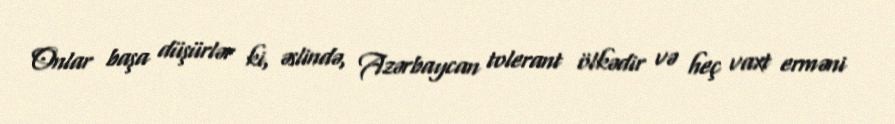
Onlar başa düşürlər ki, əslində, Azərbaycan tolerant ölkədir və heç vaxt erməni